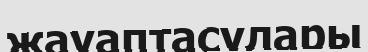
жауаптасулары